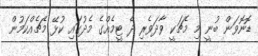
ޑޮނޮވަން ބުނީ މި މެޗަކީ ވާދަވެރި ދެ ޓީމެއްގެ މެދުގައި ކުޅޭ މެޗެއްކަމުން